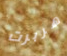
هربرت